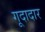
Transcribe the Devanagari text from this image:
गूदादार